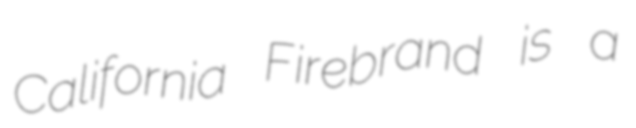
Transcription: California Firebrand is a